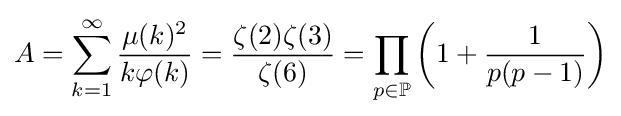
A=\sum _{k=1}^{\infty }{\frac {\mu (k)^{2}}{k\varphi (k)}}={\frac {\zeta (2)\zeta (3)}{\zeta (6)}}=\prod _{p\in \mathbb {P} }\left(1+{\frac {1}{p(p-1)}}\right)